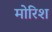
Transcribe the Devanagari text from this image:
मोरिश